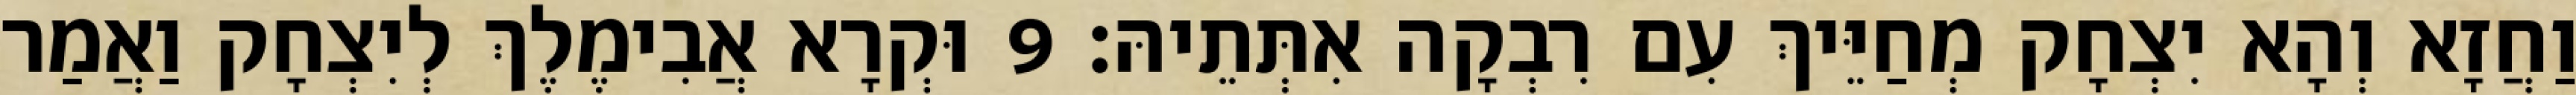
וַחֲזָא וְהָא יִצְחָק מְחַיֵּיךְ עִם רִבְקָה אִתְּתֵיהּ׃ 9 וּקְרָא אֲבִימֶלֶךְ לְיִצְחָק וַאֲמַר